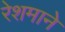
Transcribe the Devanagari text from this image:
रेशमाने